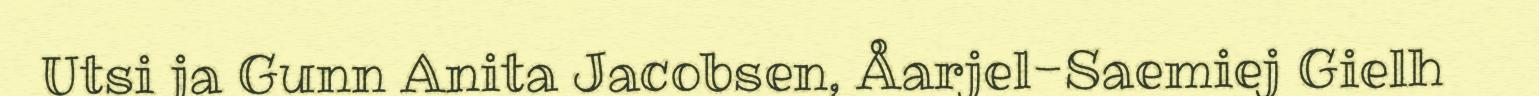
Utsi ja Gunn Anita Jacobsen, Åarjel-Saemiej Gielh